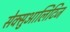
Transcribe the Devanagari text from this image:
सेक्सुआलिटिज